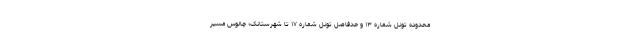
محدوده تونل شماره ۱۳ و حدفاصل تونل شماره ۱۷ تا شهرستانک؛ چالوس مسیر